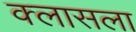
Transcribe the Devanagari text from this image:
क्लासला